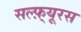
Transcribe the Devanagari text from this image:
सल्फ़्यूरस